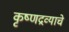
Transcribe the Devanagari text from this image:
कृष्णद्रव्याचे